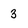
Character: 3